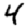
Digit: 4